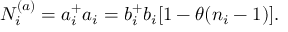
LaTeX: N _ { i } ^ { ( a ) } = a _ { i } ^ { + } a _ { i } = b _ { i } ^ { + } b _ { i } [ 1 - \theta ( n _ { i } - 1 ) ] .